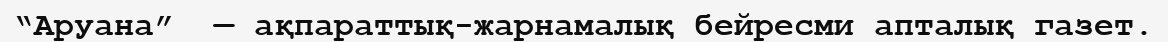
“Аруана”  — ақпараттық-жарнамалық бейресми апталық газет.